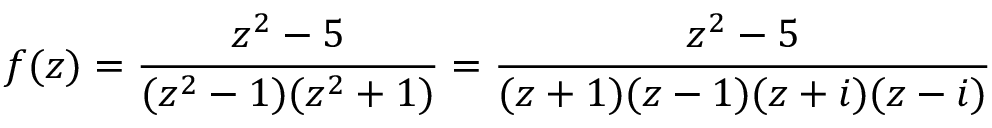
f ( z ) = { \frac { z ^ { 2 } - 5 } { ( z ^ { 2 } - 1 ) ( z ^ { 2 } + 1 ) } } = { \frac { z ^ { 2 } - 5 } { ( z + 1 ) ( z - 1 ) ( z + i ) ( z - i ) } }